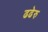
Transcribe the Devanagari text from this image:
ढढेरु